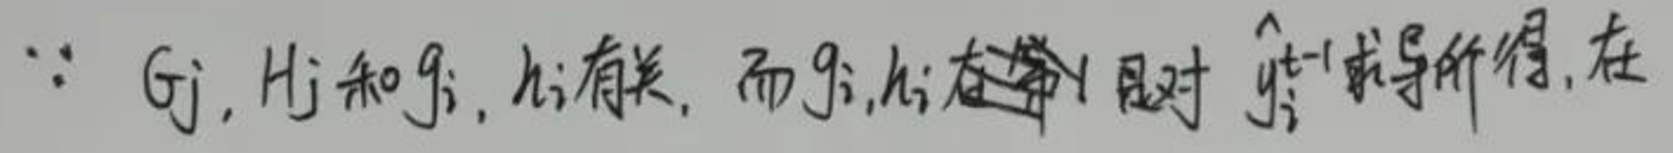
$\because G_j, H_j $和$ g_j, h_j $有关, 而$ g_j, h_j $在第1步对$ \hat{y}_j^{t - 1} $求导所得, 在